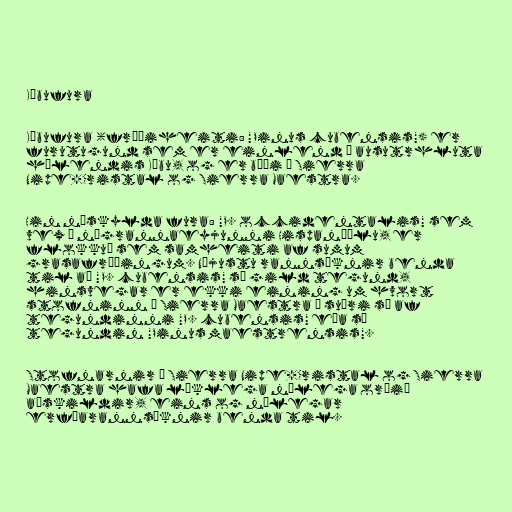
Kúbufura

Kúbufura (fræðiheiti: "Pinus cubensis") er
furutugund sem er einlend í ausutrhluta
hálendis Kúbu, og er bæði í Sierra
Nipe-Cristal og Sierra Maestra.

Hin náskylda fura: "P. occidentalis" sem
vex á nágrannaeyjunni Hispaníólu, er
flokkuð sem samheiti af sumum
grasafræðingum. Nýjustu rannsóknir benda
til að "P. cubensis" sé gild tegund,
hinsvegar er ekki eining um hvort
stofninn á Sierra Maestra í suðri sé af
tegundinni "P. cubensis" eða sé
tegundin "Pinus maestrensis".

Stofnarnir á Sierra Nipe-Cristal og Sierra
Maestra hafa líklega nýlega orðið
aðskildir, eins og nýlegar
erfðarannsóknir benda til.